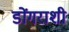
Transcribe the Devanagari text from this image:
डोंगराशी